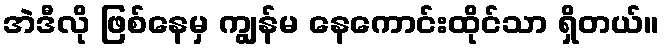
အဲဒီလို ဖြစ်နေမှ ကျွန်မ နေကောင်းထိုင်သာ ရှိတယ်။